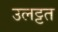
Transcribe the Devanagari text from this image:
उलट्टत